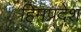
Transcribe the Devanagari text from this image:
हिमप्रदेश